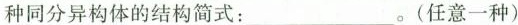
种同分异构体的结构简式：___。(任意一种)